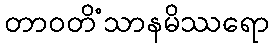
တာဝတိံသာနမိဿရော